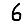
Digit: 6